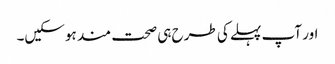
اور آپ پہلے کی طرح ہی صحت مند ہوسکیں۔